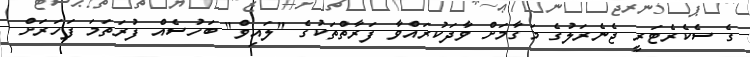
ގެ ސެކެރެޓަރީ ޖެނެެރަލުގެ މަގާމަށް ވާދަކުރައްވާ ފަރާތްތަކުގެ "ލައިވް" ބަހުސެއް ފުރަތަމަ ފަހަރަށް